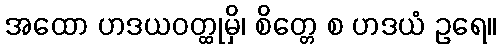
အထော ဟဒယဝတ္ထုမှိ၊ စိတ္တေ စ ဟဒယံ ဥရေ။